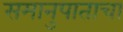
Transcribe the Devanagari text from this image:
समानुपाताचा